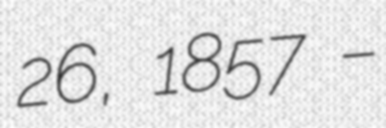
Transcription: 26, 1857 –